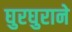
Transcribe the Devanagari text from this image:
घुरघुराने